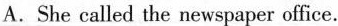
A.She called the newspaper office.